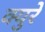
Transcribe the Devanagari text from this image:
क्युरे